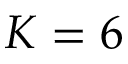
K = 6